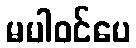
မပါဝင်ပေ